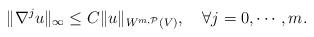
LaTeX: \begin{align*}\|\nabla^j u\|_\infty\leq C\|u\|_{W^{m,\mathcal{P}}(V)},\quad\forall j=0,\cdots,m.\end{align*}